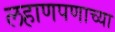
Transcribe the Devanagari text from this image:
लहाणपणाच्या